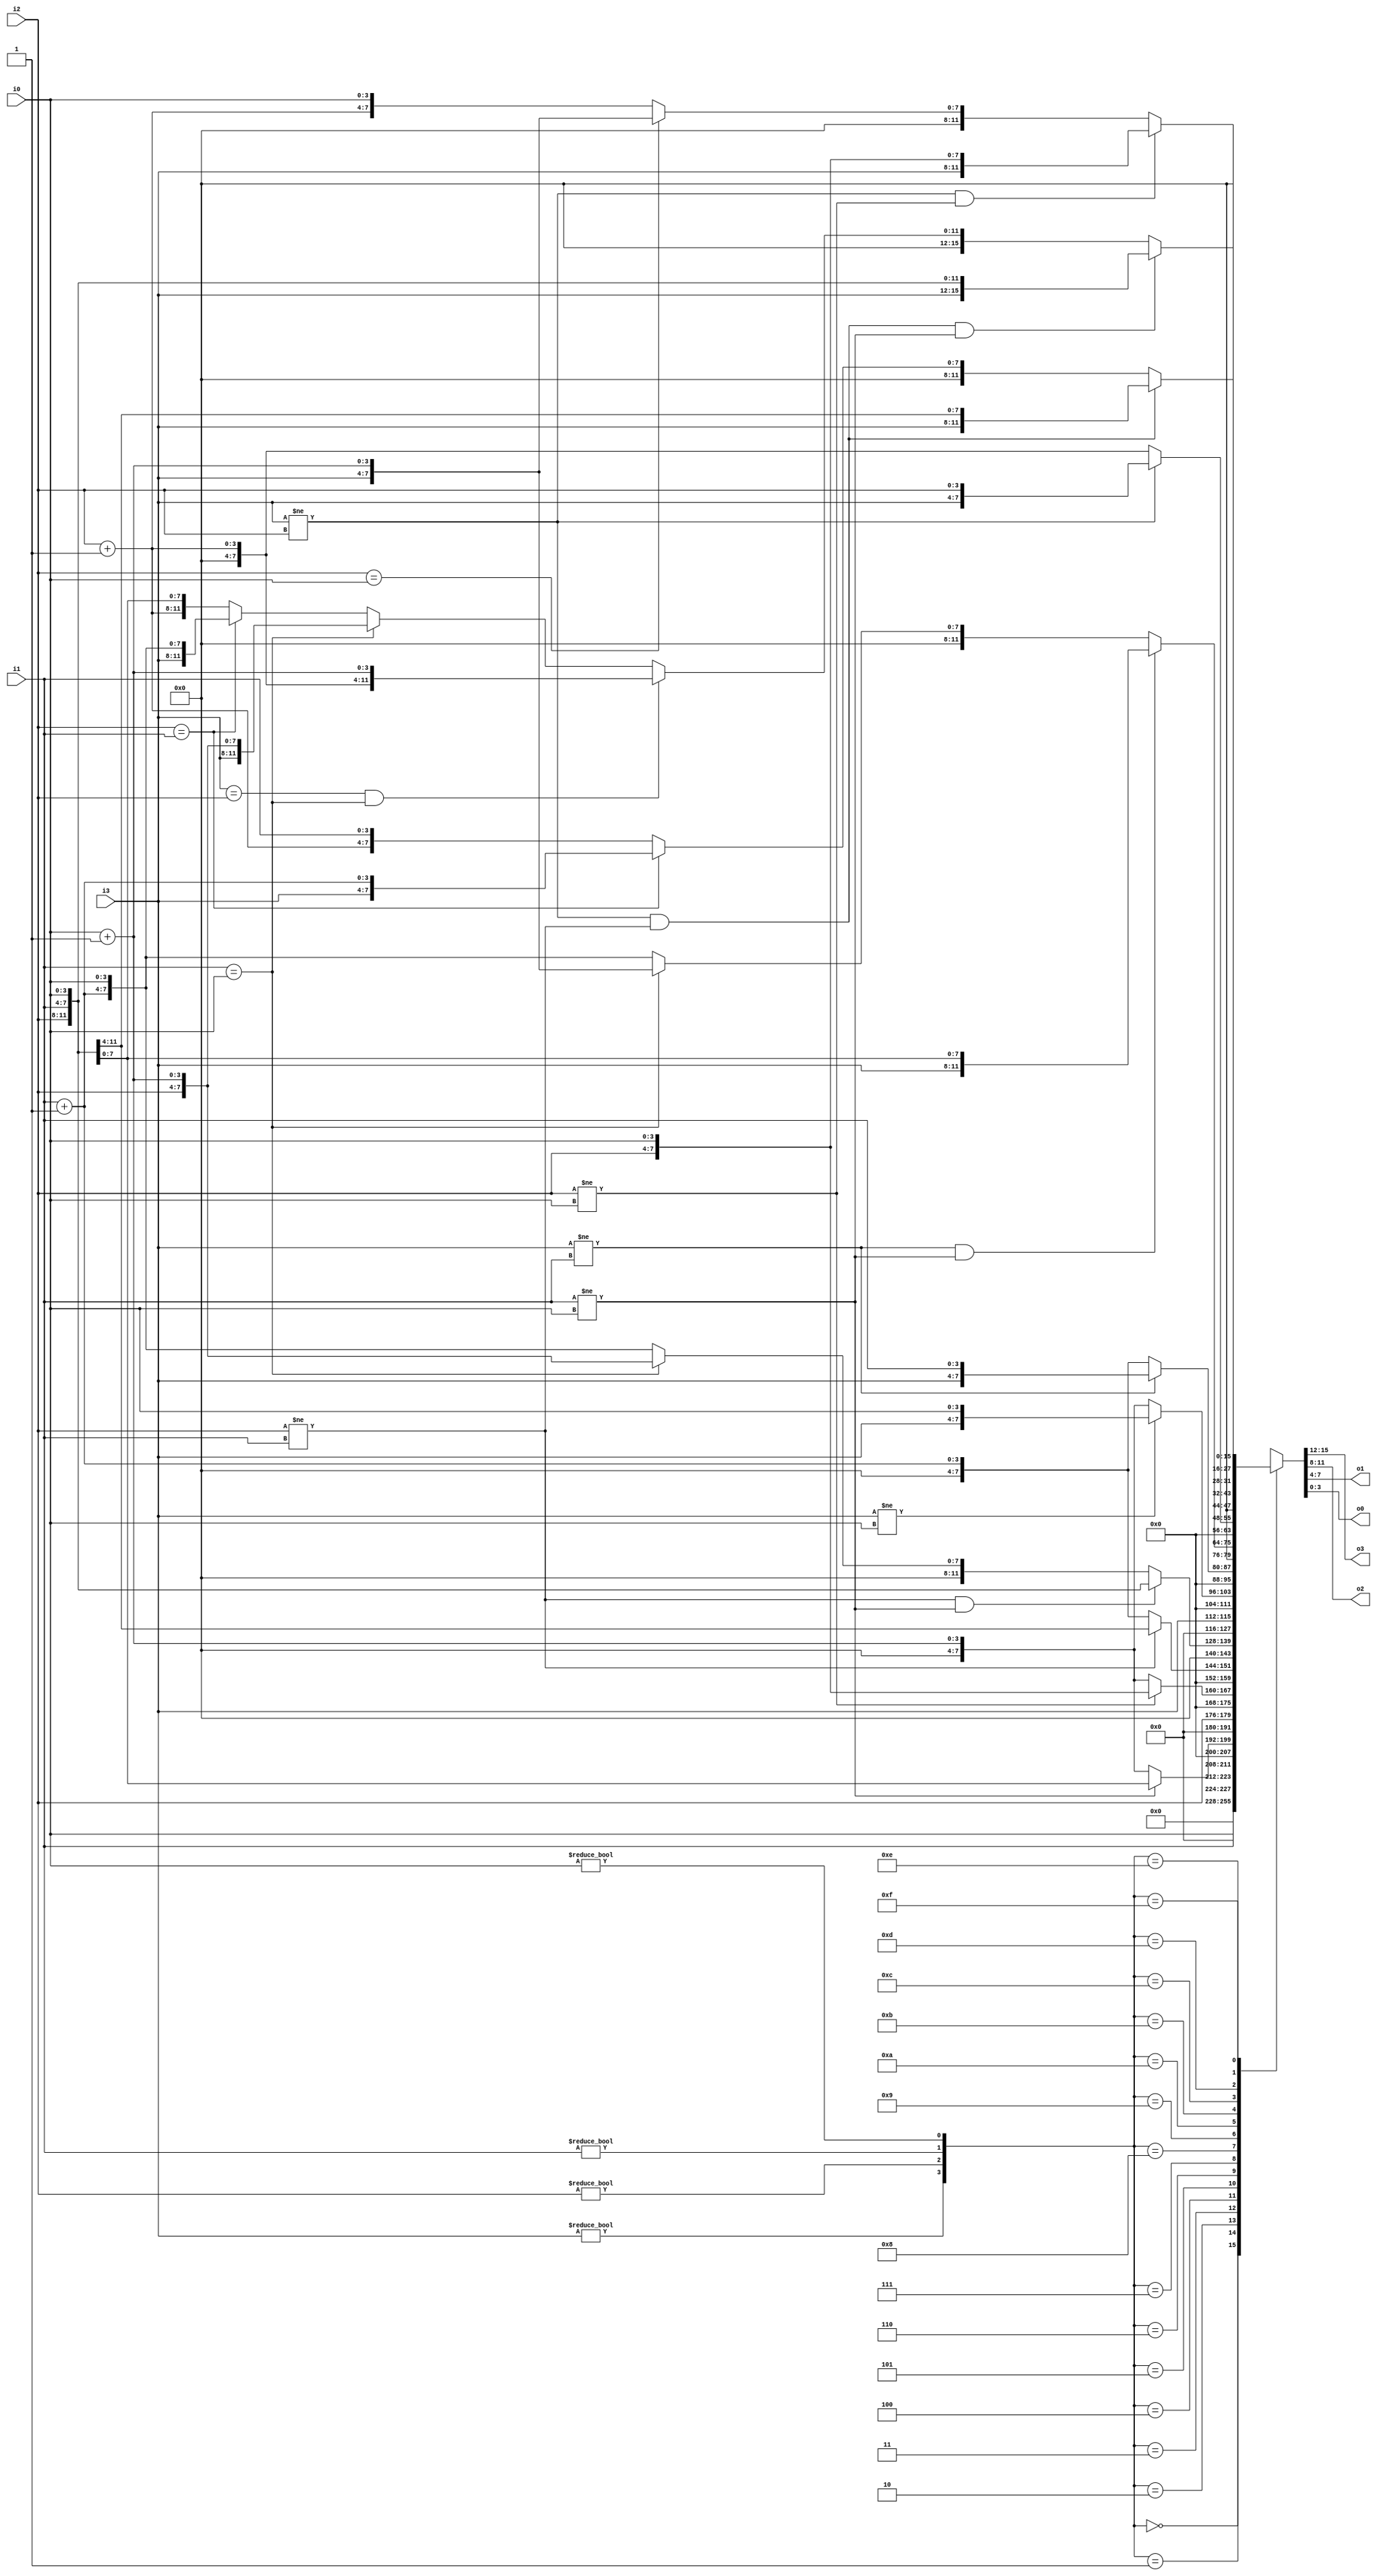
module move(i3,i2,i1,i0,o3,o2,o1,o0);
	input [3:0] i3,i2,i1,i0;
	output reg [3:0] o3,o2,o1,o0;
	
	wire f3,f2,f1,f0;
	assign f3 = (i3!=4'h0);
	assign f2 = (i2!=4'h0);
	assign f1 = (i1!=4'h0);
	assign f0 = (i0!=4'h0);
	
	always @(i3 or i2 or i1 or i0 or f3 or f2 or f1 or f0) begin
		case({f3,f2,f1,f0})
			4'b0000 : {o3,o2,o1,o0} <= {4'h0,4'h0,4'h0,4'h0};
			4'b0001 : {o3,o2,o1,o0} <= {4'h0,4'h0,4'h0,i0};
			4'b0010 : {o3,o2,o1,o0} <= {4'h0,4'h0,4'h0,i1};
			4'b0011 : if(i1!=i0) {o3,o2,o1,o0} <= {4'h0,4'h0,i1,i0};
			          else {o3,o2,o1,o0} <= {4'h0,4'h0,4'h0,i0+4'h1};
			4'b0100 : {o3,o2,o1,o0} <= {4'h0,4'h0,4'h0,i2};
			4'b0101 : if(i2!=i0) {o3,o2,o1,o0} <= {4'h0,4'h0,i2,i0};
			          else {o3,o2,o1,o0} <= {4'h0,4'h0,4'h0,i0+4'h1};
			4'b0110 : if(i2!=i1) {o3,o2,o1,o0} <= {4'h0,4'h0,i2,i1};
			          else {o3,o2,o1,o0} <= {4'h0,4'h0,4'h0,i1+4'h1};
			4'b0111 : if(i2!=i1 && i1!=i0) {o3,o2,o1,o0} <= {4'h0,i2,i1,i0};
			          else if(i1==i0) {o3,o2,o1,o0} <= {4'h0,4'h0,i2,i0+4'h1};
			          else {o3,o2,o1,o0} <= {4'h0,4'h0,i1+4'h1,i0};
			4'b1000 : {o3,o2,o1,o0} <= {4'h0,4'h0,4'h0,i3};
			4'b1001 : if(i3!=i0) {o3,o2,o1,o0} <= {4'h0,4'h0,i3,i0};
			          else {o3,o2,o1,o0} <= {4'h0,4'h0,4'h0,i0+4'h1};
			4'b1010 : if(i3!=i1) {o3,o2,o1,o0} <= {4'h0,4'h0,i3,i1};
			          else {o3,o2,o1,o0} <= {4'h0,4'h0,4'h0,i1+4'h1};
			4'b1011 : if(i3!=i1 && i1!=i0) {o3,o2,o1,o0} <= {4'h0,i3,i1,i0};
			          else if(i1==i0) {o3,o2,o1,o0} <= {4'h0,4'h0,i3,i0+4'h1};
			          else {o3,o2,o1,o0} <= {4'h0,4'h0,i1+4'h1,i0};
			4'b1100 : if(i3!=i2) {o3,o2,o1,o0} <= {4'h0,4'h0,i3,i2};
			          else {o3,o2,o1,o0} <= {4'h0,4'h0,4'h0,i2+4'h1};
			4'b1101 : if(i3!=i2 && i2!=i0) {o3,o2,o1,o0} <= {4'h0,i3,i2,i0};
			          else if(i2==i0) {o3,o2,o1,o0} <= {4'h0,4'h0,i3,i0+4'h1};
			          else {o3,o2,o1,o0} <= {4'h0,4'h0,i2+4'h1,i0};
			4'b1110 : if(i3!=i2 && i2!=i1) {o3,o2,o1,o0} <= {4'h0,i3,i2,i1};
			          else if(i2==i1) {o3,o2,o1,o0} <= {4'h0,4'h0,i3,i1+4'h1};
			          else {o3,o2,o1,o0} <= {4'h0,4'h0,i2+4'h1,i1};
			4'b1111 : if(i3!=i2 && i2!=i1 && i1!=i0) {o3,o2,o1,o0} <= {i3,i2,i1,i0};
			          else if(i3==i2 && i1==i0) {o3,o2,o1,o0} <= {4'h0,4'h0,i2+4'h1,i0+4'h1};
			          else if(i1==i0) {o3,o2,o1,o0} <= {4'h0,i3,i2,i0+4'h1};
			          else if(i2==i1) {o3,o2,o1,o0} <= {4'h0,i3,i1+4'h1,i0};
			          else {o3,o2,o1,o0} <= {4'h0,i2+4'h1,i1,i0};
			default : {o3,o2,o1,o0} <= {4'h0,4'h0,4'h0,4'h0};
		endcase
	end
endmodule